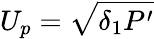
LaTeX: U_{p}=\sqrt{\delta_{1}P^{\prime}}